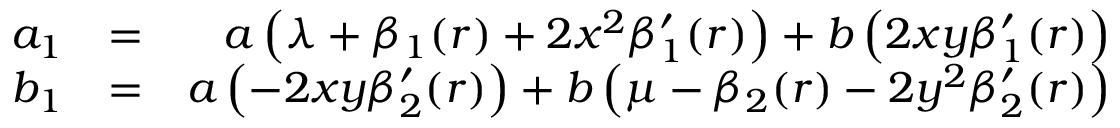
\begin{array} { r l r } { a _ { 1 } } & { = } & { a \left( \lambda + \beta _ { 1 } ( r ) + 2 x ^ { 2 } \beta _ { 1 } ^ { \prime } ( r ) \right) + b \left( 2 x y \beta _ { 1 } ^ { \prime } ( r ) \right) } \\ { b _ { 1 } } & { = } & { a \left( - 2 x y \beta _ { 2 } ^ { \prime } ( r ) \right) + b \left( \mu - \beta _ { 2 } ( r ) - 2 y ^ { 2 } \beta _ { 2 } ^ { \prime } ( r ) \right) } \end{array}